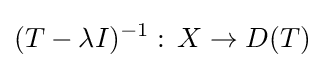
(T-\lambda I)^{-1}:\,X\to D(T)